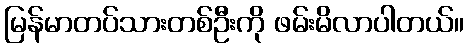
မြန်မာတပ်သားတစ်ဦးကို ဖမ်းမိလာပါတယ်။